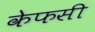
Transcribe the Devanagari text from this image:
केफसी